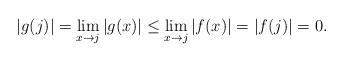
LaTeX: \begin{align*}|g(j)|=\lim_{x\rightarrow j}|g(x)|\leq \lim_{x\rightarrow j}|f(x)|=|f(j)|=0. \end{align*}